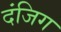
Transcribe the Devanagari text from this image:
दंजिग